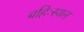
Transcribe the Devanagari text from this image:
बहिःस्थल